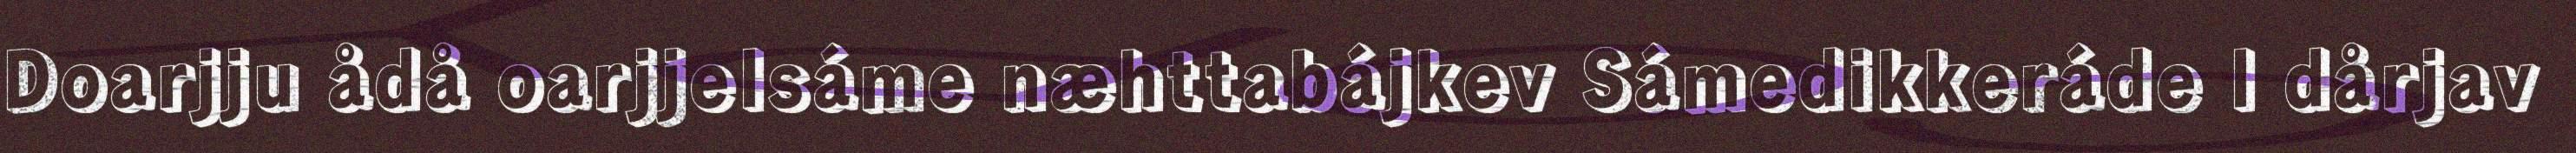
Doarjju ådå oarjjelsáme næhttabájkev Sámedikkeráde l dårjav